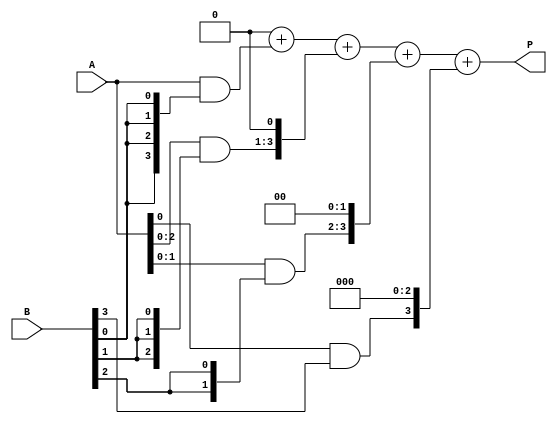
module array_multiplier #(parameter A_WIDTH = 4, B_WIDTH = 4)(
    input [A_WIDTH-1:0] A, // Multiplicand
    input [B_WIDTH-1:0] B, // Multiplier
    output reg [A_WIDTH + B_WIDTH - 1:0] P // Product
);

    // Intermediate partial products
    reg [A_WIDTH-1:0] partial_products[B_WIDTH-1:0];

    integer i, j;

    always @(*) begin
        // Initialize product to zero
        P = 0;

        // Generate partial products
        for (i = 0; i < B_WIDTH; i = i + 1) begin
            // Generate partial product for each bit of B
            partial_products[i] = A & {A_WIDTH{B[i]}};
            // Shift left by i positions
            partial_products[i] = partial_products[i] << i;
            // Add to the product
            P = P + partial_products[i];
        end
    end

endmodule